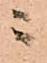
ニ